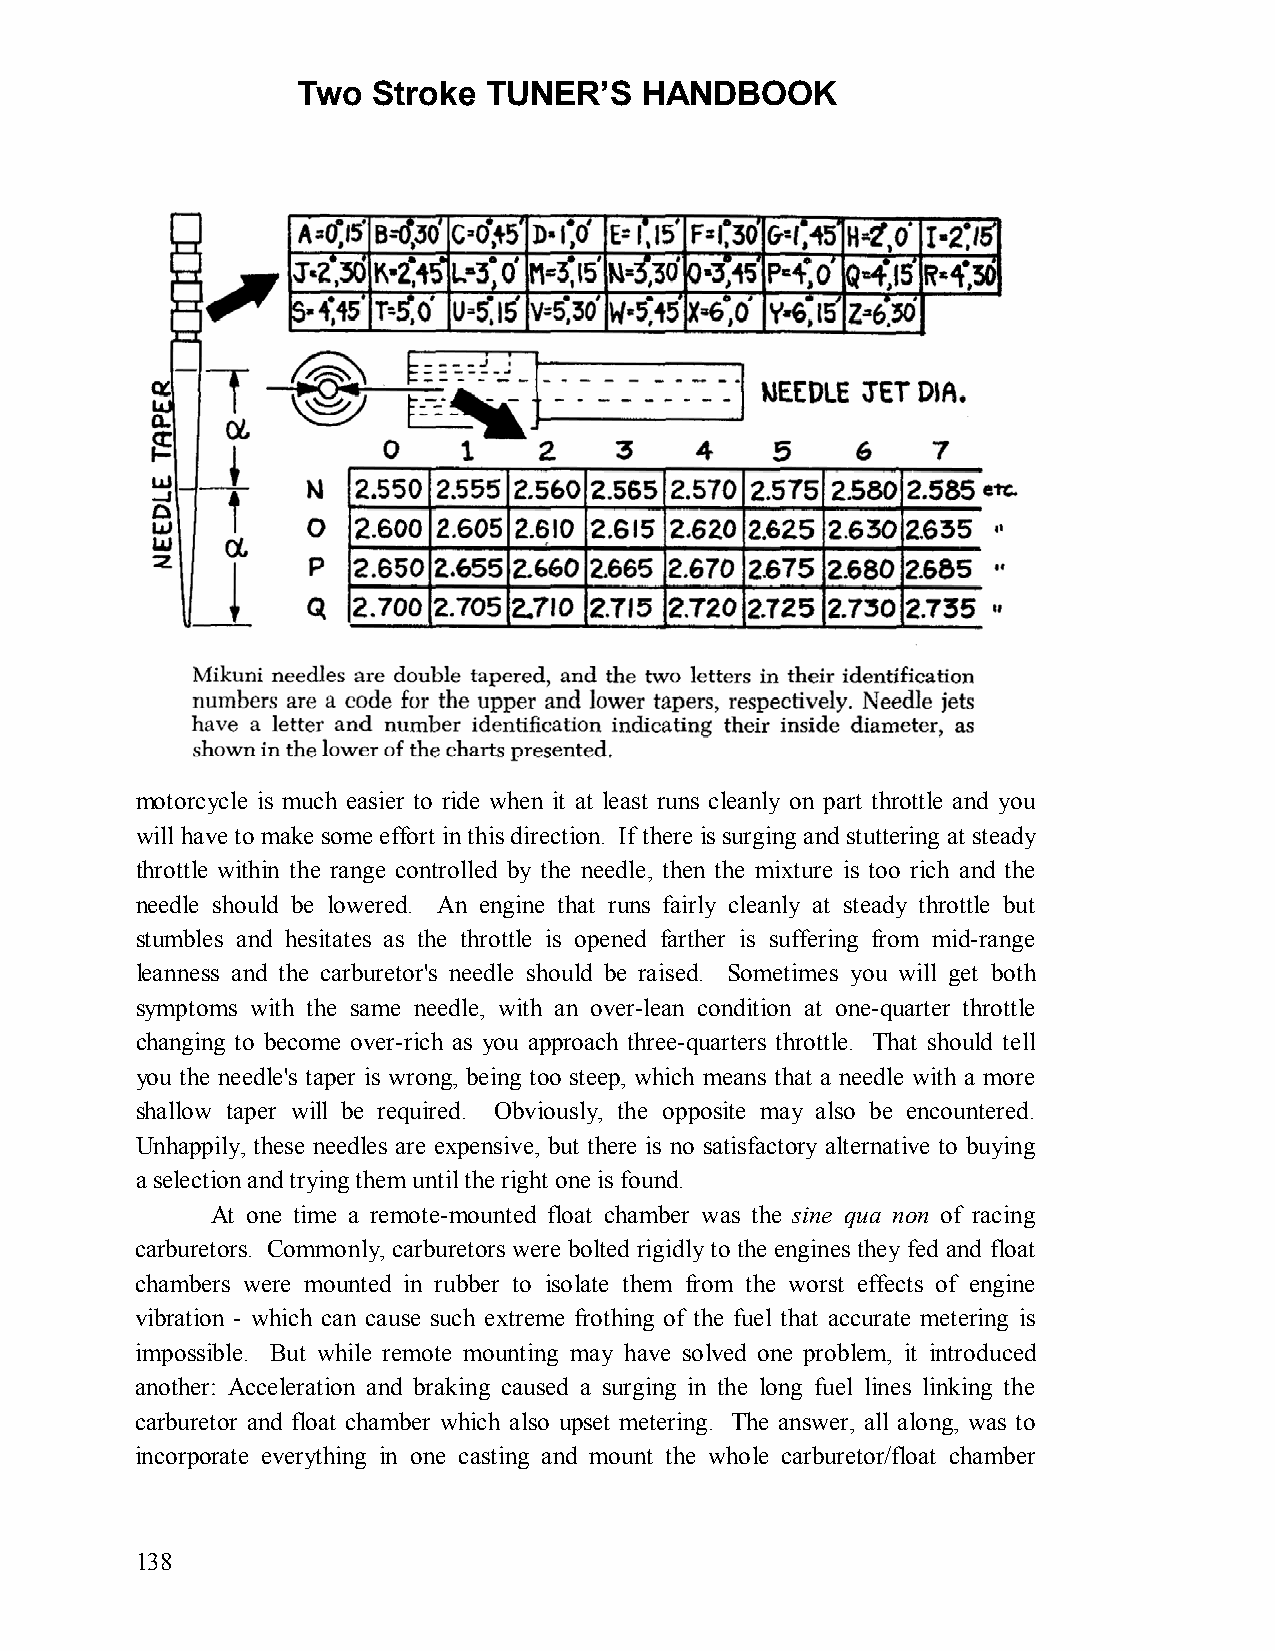
Two  Stroke TUNER’S   HANDBOOK
 motorcycle is much easier to ride when it at least runs cleanly on part throttle and you
 will have to make some effort in this direction. If there is surging and stuttering at steady
 throttle within the range controlled by the needle, then the mixture is too rich and the
 needle should be lowered. An engine that runs fairly cleanly at steady throttle but
 stumbles and hesitates as the throttle is opened farther is suffering from mid-range
 leanness and the carburetor's needle should be raised. Sometimes you will get both
 symptoms with the same needle, with an over-lean condition at one-quarter throttle
 changing to become over-rich as you approach three-quarters throttle. That should tell
 you the needle's taper is wrong, being too steep, which means that a needle with a more
 shallow taper will be required. Obviously, the opposite may also be encountered.
 Unhappily, these needles are expensive, but there is no satisfactory alternative to buying
 a selection and trying them until the right one is found.
 At one time a remote-mounted float chamber was the sine qua non of racing
 carburetors. Commonly, carburetors were bolted rigidly to the engines they fed and float
 chambers were mounted in rubber to isolate them from the worst effects of engine
 vibration - which can cause such extreme frothing of the fuel that accurate metering is
 impossible. But while remote mounting may have solved one problem, it introduced
 another: Acceleration and braking caused a surging in the long fuel lines linking the
 carburetor and float chamber which also upset metering. The answer, all along, was to
 incorporate everything in one casting and mount the whole carburetor/float chamber
 138